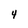
Character: 4